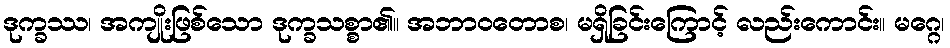
ဒုက္ခဿ၊ အကျိုးဖြစ်သော ဒုက္ခသစ္စာ၏။ အဘာဝတောစ၊ မရှိခြင်းကြောင့် လည်းကောင်း။ မဂ္ဂေ၊